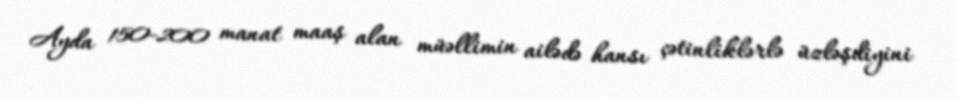
Ayda 150-200 manat maaş alan müəllimin ailədə hansı çətinliklərlə üzləşdiyini